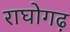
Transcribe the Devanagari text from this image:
राघोगढ़